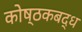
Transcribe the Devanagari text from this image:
कोष्ठकबद्ध